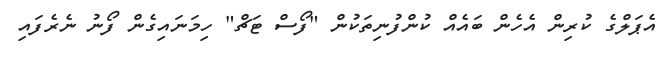
އެޕަލްގެ ކުރިން އެހެން ބައެއް ކުންފުނިތަކުން "ފޯސް ޓަޗް" ހިމަނައިގެން ފޯނު ނެރެފައި